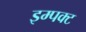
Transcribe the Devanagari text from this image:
इम्पक्ट